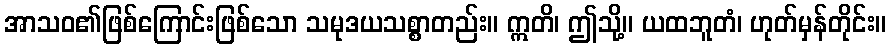
အာသဝ၏ဖြစ်ကြောင်းဖြစ်သော သမုဒယသစ္စာတည်း။ ဣတိ၊ ဤသို့။ ယထဘူတံ၊ ဟုတ်မှန်တိုင်း။